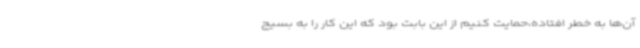
آن‌ها به خطر افتاده،حمایت کنیم از این بابت بود که این کار را به بسیج